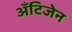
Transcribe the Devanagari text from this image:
ॲंटिजेन